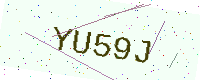
Text: YU59J